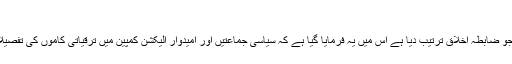
میں نے ان سے…
الیکشن کمیشن نے جو ضابطہ اخلاق ترتیب دیا ہے اس میں یہ فرمایا گیا ہے کہ سیاسی جماعتیں اور امیدوار الیکشن کمپین میں ترقیاتی کاموں کی تفصیلات نہیں بتا سکتے۔